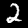
Label: 2